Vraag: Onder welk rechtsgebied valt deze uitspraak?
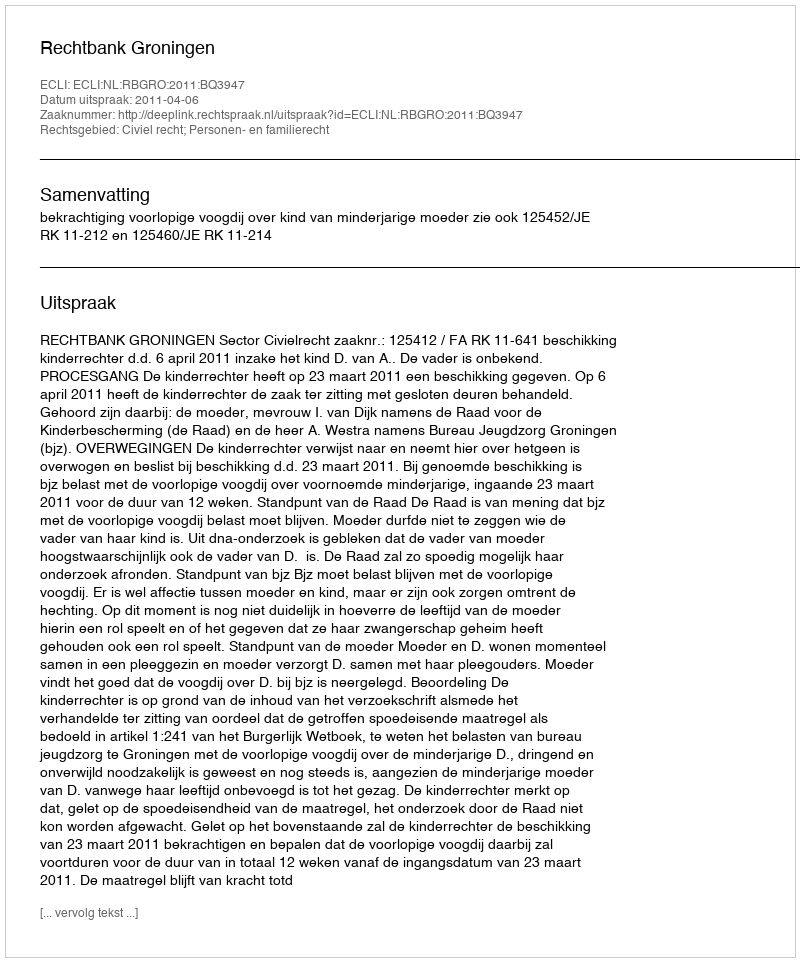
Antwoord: Civiel recht; Personen- en familierecht